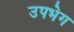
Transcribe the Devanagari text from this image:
उपभेग